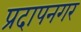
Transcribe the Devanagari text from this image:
प्रदापनगर